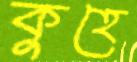
কুহে